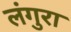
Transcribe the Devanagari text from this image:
लंगुरा